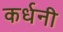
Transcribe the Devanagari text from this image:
कर्धनी